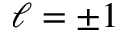
\ell = \pm 1